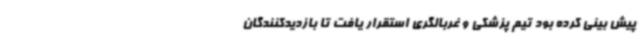
پیش بینی کرده بود تیم پزشکی و غربالگری استقرار یافت تا بازدیدکنندگان